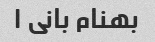
بهنام بانی ۱